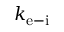
k _ { \mathrm { e - i } }